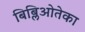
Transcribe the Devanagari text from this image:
बिब्लिओतेका